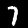
Digit: 7